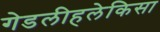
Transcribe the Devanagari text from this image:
गेडलीहलेकिसा